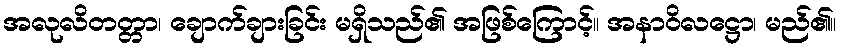
အလုလိတတ္တာ၊ ချောက်ချားခြင်း မရှိသည်၏ အဖြစ်ကြောင့်။ အနာဝိလဋ္ဌော၊ မည်၏။